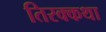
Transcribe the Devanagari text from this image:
तिरक्कथा